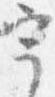
宇